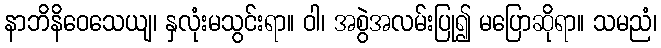
နာဘိနိဝေသေယျ၊ နှလုံးမသွင်းရာ။ ဝါ၊ အစွဲအလမ်းပြု၍ မပြောဆိုရာ။ သမညံ၊